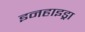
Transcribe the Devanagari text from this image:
इनहाइड्रा